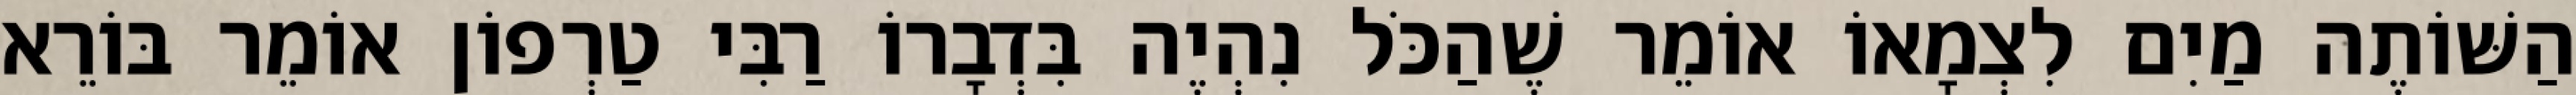
הַשּׁוֹתֶה מַיִם לִצְמָאוֹ אוֹמֵר שֶׁהַכֹּל נִהְיֶה בִּדְבָרוֹ רַבִּי טַרְפוֹן אוֹמֵר בּוֹרֵא